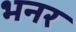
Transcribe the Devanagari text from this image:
भनर